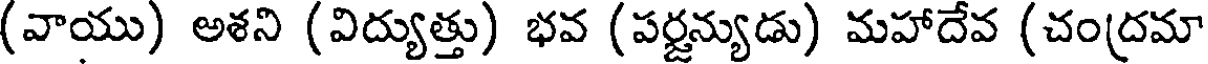
(వాయు) అశని (విద్యుత్తు) భవ (పర్జన్యుడు) మహాదేవ (చంద్రమా